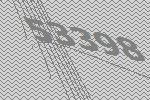
53398